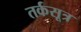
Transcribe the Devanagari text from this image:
तर्कसूत्र